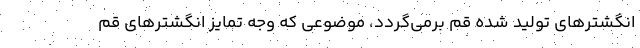
انگشترهای تولید شده قم برمی‌گردد، موضوعی که وجه تمایز انگشترهای قم